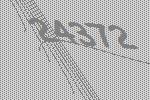
24372